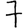
Digit: 7